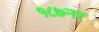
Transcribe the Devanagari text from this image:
१८७नर